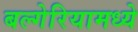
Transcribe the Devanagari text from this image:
बल्गेरियामध्ये